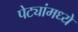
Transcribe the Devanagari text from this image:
पेट्यांमध्ये